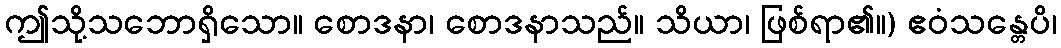
ဤသို့သဘောရှိသော။ စောဒနာ၊ စောဒနာသည်။ သိယာ၊ ဖြစ်ရာ၏။) ဧဝံသန္တေပိ၊